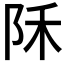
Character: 𱀇